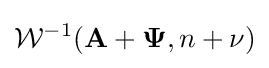
{\mathcal {W}}^{-1}({\mathbf {A} }+{\mathbf {\Psi } },n+\nu )